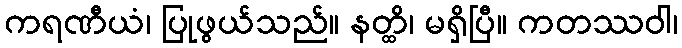
ကရဏီယံ၊ ပြုဖွယ်သည်။ နတ္ထိ၊ မရှိပြီ။ ကတဿဝါ၊